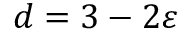
d = 3 - 2 \varepsilon